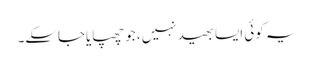
یہ کوئی ایسا بھید نہیں، جو چھپایاجاسکے۔